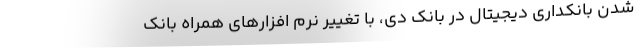
شدن بانکداری دیجیتال در بانک دی، با تغییر نرم افزارهای همراه بانک